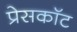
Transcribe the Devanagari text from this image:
प्रेसकॉट